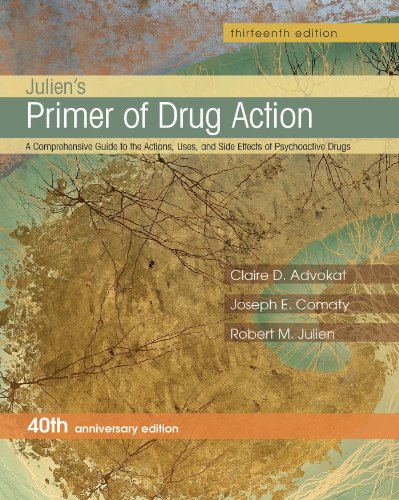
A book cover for Julien's Primer of Drug Action; Claire D. Advokat; Medical Books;